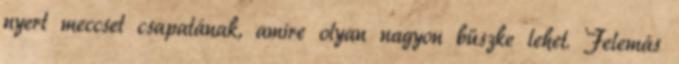
nyert meccset csapatának, amire olyan nagyon büszke lehet. Felemás